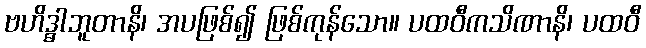
ဗဟိဒ္ဓါဘူတာနိ၊ အပဖြစ်၍ ဖြစ်ကုန်သော။ ပထဝီကသိဏာနိ၊ ပထဝီ